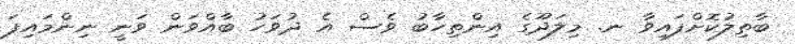
ބާތިލުކޮށްފައިވާ ނ. މިލަދޫގެ އިންތިހާބު ވެސް އެ ދުވަހު ބާއްވަން ވަނީ ނިންމައިފަ